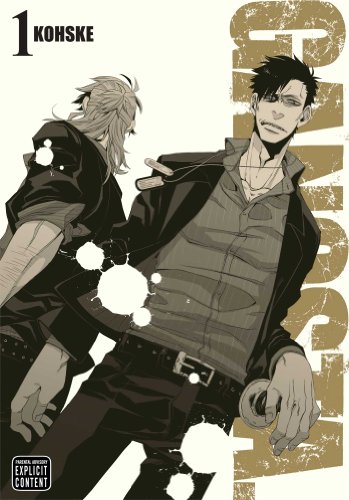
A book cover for Gangsta., Vol. 1; Kohske; Comics & Graphic Novels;